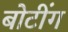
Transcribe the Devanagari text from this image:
बोटींग